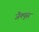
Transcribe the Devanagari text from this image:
जैक्यूस